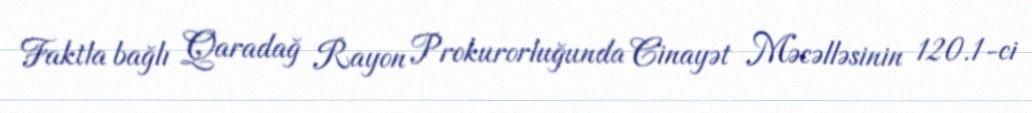
Faktla bağlı Qaradağ Rayon Prokurorluğunda Cinayət Məcəlləsinin 120.1-ci